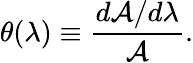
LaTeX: \theta(\lambda)\equiv\frac{d{\cal A}/d\lambda}{\cal A}.